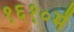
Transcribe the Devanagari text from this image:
१६१०में